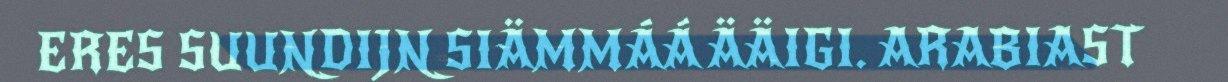
ERES SUUNDIJN SIÄMMÁÁ ÄÄIGI. ARABIAST